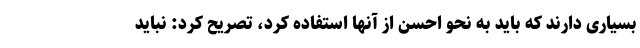
بسیاری دارند که باید به نحو احسن از آنها استفاده کرد، تصریح کرد: نباید